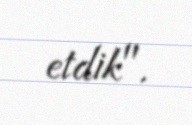
etdik".